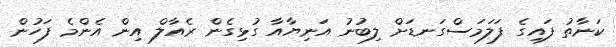
ކަނާތު ފައިގެ ފަލަމަސްގަނޑަށް ލިބުނު އަނިޔާއާ ގުޅިގެން ރެއާލް އިން އެންމެ ފަހުން